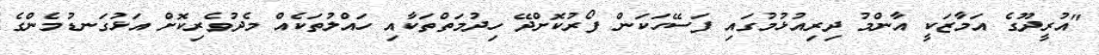
"އުރީދޫގެ އަމާޒަކީ އާންމު ދިރިއުޅުމުގައި ފަސޭހަކަން ފޯރުކޮށްދޭ ހިދުމަތްތަކާއި ހައްލުތަކެއް މެދުވެރިކޮށް އަޅުގަނޑުމެންގެ